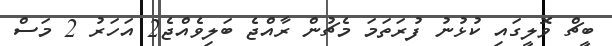
ބީޗް ވޮލީގައި ކުޅުނު ފުރަތަމަ މެޗުން ރާއްޖެ ބަލިވެއްޖެ2 އަހަރު 2 މަސް